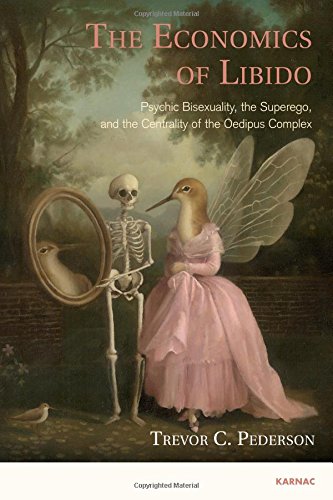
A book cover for The Economics of Libido: Psychic Bisexuality, the Superego, and the Centrality of the Oedipus Complex; Trevor C. Pederson; Gay & Lesbian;